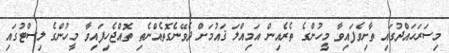
މިސަރަޙައްދުގައި ތާށިވެފައިވާ މީހުންގެ ތެރެއިން އަމިއްލަ ޤައުމަށް ދެވޭނެގޮތެއްނެތި ތޮއްޖެހިފައިވާ މީހުންގެ ލިސްޓުގައި